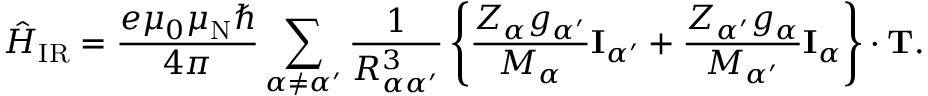
{ \hat { H } } _ { \mathrm { I R } } = { \frac { e \mu _ { 0 } \mu _ { \mathrm { N } } \hbar } { 4 \pi } } \sum _ { \alpha \neq \alpha ^ { \prime } } { \frac { 1 } { R _ { \alpha \alpha ^ { \prime } } ^ { 3 } } } \left\{ { \frac { Z _ { \alpha } g _ { \alpha ^ { \prime } } } { M _ { \alpha } } } \mathbf { I } _ { \alpha ^ { \prime } } + { \frac { Z _ { \alpha ^ { \prime } } g _ { \alpha } } { M _ { \alpha ^ { \prime } } } } \mathbf { I } _ { \alpha } \right\} \cdot \mathbf { T } .